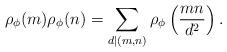
LaTeX: \begin{align*} \rho_\phi(m)\rho_\phi(n) = \sum_{d|(m,n)} \rho_\phi\left(\frac{mn}{d^2}\right).\end{align*}